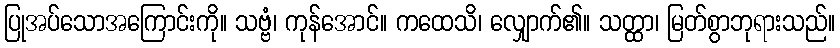
ပြုအပ်သောအကြောင်းကို။ သဗ္ဗံ၊ ကုန်အောင်။ ကထေသိ၊ လျှောက်၏။ သတ္ထာ၊ မြတ်စွာဘုရားသည်။